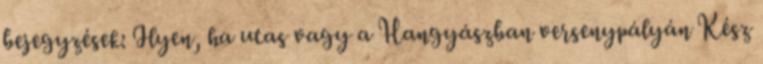
bejegyzések: Ilyen, ha utas vagy a Hangyászban versenypályán Kész